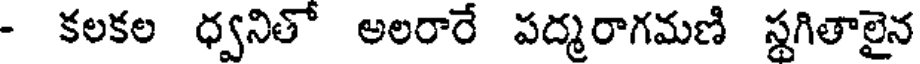
- కలకల ధ్వనితో అలరారే పద్మరాగమణి స్థగితాలైన